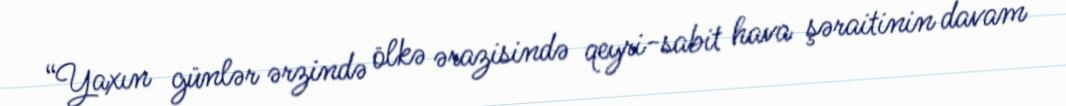
“Yaxın günlər ərzində ölkə ərazisində qeyri-sabit hava şəraitinin davam